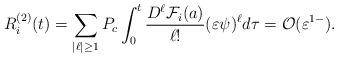
LaTeX: \begin{align*}R_i^{(2)}(t)=\sum_{|\ell| \geq 1}P_{c}\int_{0}^{t}\frac{D^{\ell }\mathcal{F}_{i}(a)}{\ell !}\mathcal{(}\varepsilon \psi )^{\ell }d\tau =\mathcal{O}(\varepsilon ^{1-}). \end{align*}